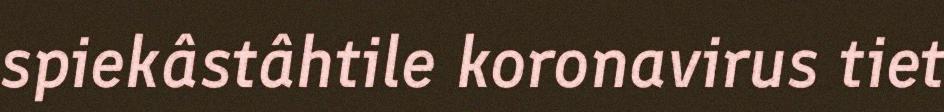
spiekâstâhtile koronavirus tiet